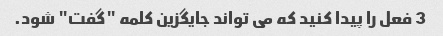
3 فعل را پیدا کنید که می تواند جایگزین کلمه "گفت" شود.